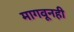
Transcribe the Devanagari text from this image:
मागवूनही